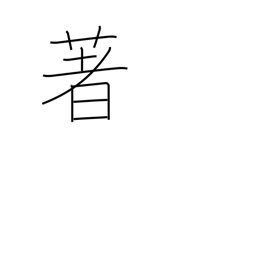
Meaning: renowned